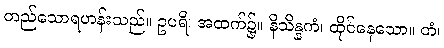
တည်သောရဟန်းသည်။ ဥပရိ၊ အထက်၌။ နိသိန္နကံ၊ ထိုင်နေသော။ တံ၊